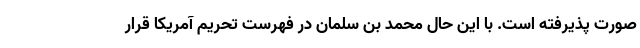
صورت پذیرفته است. با این حال محمد بن سلمان در فهرست تحریم آمریکا قرار